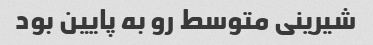
شیرینی متوسط رو به پایین بود